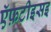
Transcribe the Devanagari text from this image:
ऍफ़टीइसइ